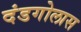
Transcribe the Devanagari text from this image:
दंडगोलास